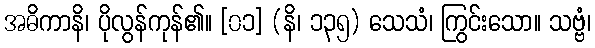
အဓိကာနိ၊ ပိုလွန်ကုန်၏။ [၀၁] (နိ၊ ၁၃၅) သေသံ၊ ကြွင်းသော။ သဗ္ဗံ၊